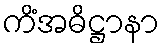
ကိံအဓိဋ္ဌာနာ